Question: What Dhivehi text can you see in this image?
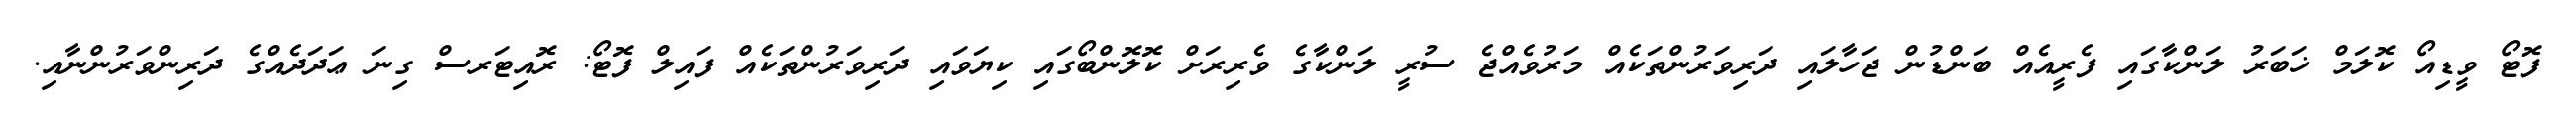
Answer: ފޮޓޯ ވީޑިއޯ ކޮލަމް ޚަބަރު ލަންކާގައި ފެރީއެއް ބަންޑުން ޖަހާލައި ދަރިވަރުންތަކެއް މަރުވެއްޖެ ސުރީ ލަންކާގެ ވެރިރަށް ކޮލޮންބޯގައި ކިޔަވައި ދަރިވަރުންތަކެއް ފައިލް ފޮޓޯ: ރޮއިޓަރސް ގިނަ ޢަދަދެއްގެ ދަރިންވަރުންނާއި.